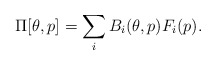
\begin{align*}\Pi[\theta,p] = \sum\limits_i B_i(\theta,p) F_i(p).\end{align*}